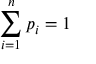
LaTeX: \sum _ { i = 1 } ^ { n } p _ { i } = 1